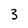
Character: 3